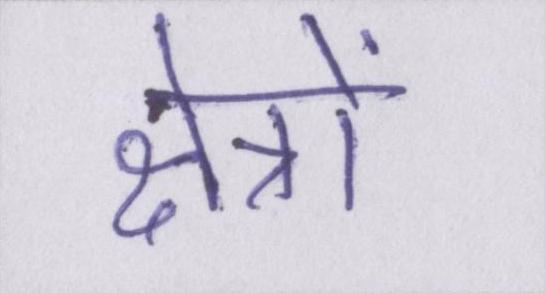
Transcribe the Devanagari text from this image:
क्षेत्रों